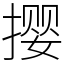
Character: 撄